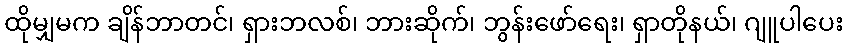
ထိုမျှမက ချိန်ဘာတင်၊ ရှားဘလစ်၊ ဘားဆိုက်၊ ဘွန်းဖော်ရေး၊ ရှာတိုနယ်၊ ဂျူပါပေး